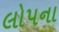
લોપના